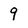
Character: 9